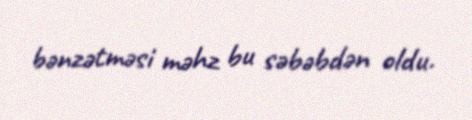
bənzətməsi məhz bu səbəbdən oldu.